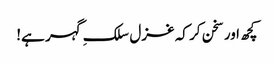
کچھ اور سخن کر کہ غزل سلکِ گہر ہے!